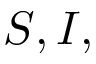
S , I ,